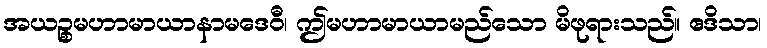
အယဉ္စမဟာမာယာနာမဒေဝီ၊ ဤမဟာမာယာမည်သော မိဖုရားသည်။ ဧဒိသာ၊